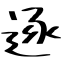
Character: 逐